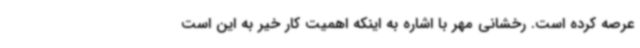
عرصه کرده است. رخشانی مهر با اشاره به اینکه اهمیت کار خیر به این است